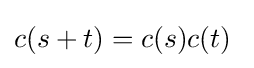
c(s+t)=c(s)c(t)\